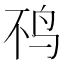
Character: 𫛜